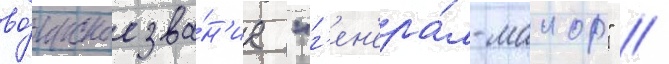
во́инское зва́н'ие "г'ен'ера́л-маиор" //